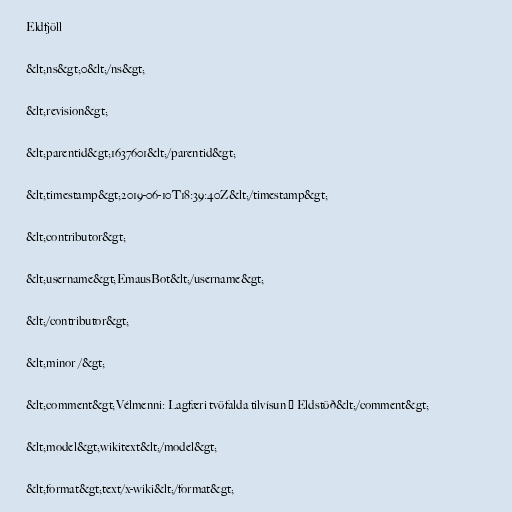
Eldfjöll

&lt;ns&gt;0&lt;/ns&gt;

&lt;revision&gt;

&lt;parentid&gt;1637601&lt;/parentid&gt;

&lt;timestamp&gt;2019-06-10T18:39:40Z&lt;/timestamp&gt;

&lt;contributor&gt;

&lt;username&gt;EmausBot&lt;/username&gt;

&lt;/contributor&gt;

&lt;minor /&gt;

&lt;comment&gt;Vélmenni: Lagfæri tvöfalda tilvísun → Eldstöð&lt;/comment&gt;

&lt;model&gt;wikitext&lt;/model&gt;

&lt;format&gt;text/x-wiki&lt;/format&gt;